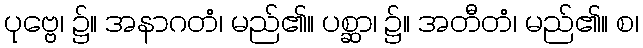
ပုဗ္ဗေ၊ ၌။ အနာဂတံ၊ မည်၏။ ပစ္ဆာ၊ ၌။ အတီတံ၊ မည်၏။ စ၊